Annual administration report of the Civil Veterinary Department of India - 1896-1897
Year: 1896
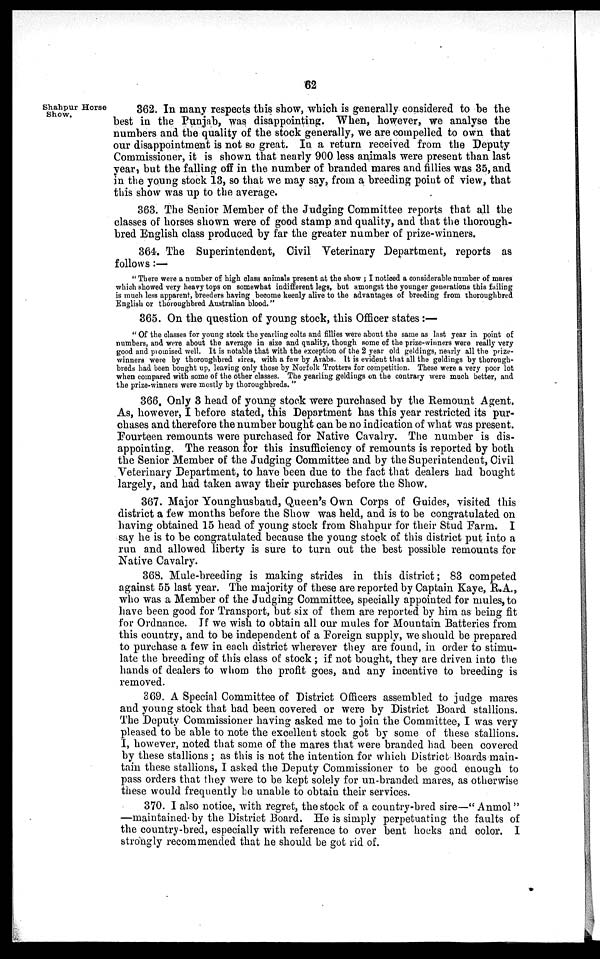
62
Shahpur Horse
Show.
362. In many respects this show, which is generally considered to be the
best in the Punjab, was disappointing. When, however, we analyse the
numbers and the quality of the stock generally, we are compelled to own that
our disappointment is not so great. In a return received from the Deputy
Commissioner, it is shown that nearly 900 less animals were present than last
year, but the falling off in the number of branded mares and fillies was 35, and
in the young stock 13, so that we may say, from a breeding point of view, that
this show was up to the average.
363. The Senior Member of the Judging Committee reports that all the
classes of horses shown were of good stamp and quality, and that the thorough-
bred English class produced by far the greater number of prize-winners.
364. The Superintendent, Civil Veterinary Department, reports as
follows:—
"There were a number of high class animals present at the show; I noticed a considerable number of mares
which showed very heavy tops on somewhat indifferent legs, but amongst the younger generations this failing
is much less apparent, breeders having become keenly alive to the advantages of breeding from thoroughbred
English or thoroughbred Australian blood."
365. On the question of young stock, this Officer states:—
"Of the classes for young stock the yearling colts and fillies were about the same as last year in point of
numbers, and were about the average in size and quality, though some of the prize-winners were really very
good and promised well. It is notable that with the exception of the 2 year old geldings, nearly all the prize-
winners were by thoroughbred sires, with a few by Arabs. It is evident that all the geldings by thorough-
breds had been bought up, leaving only those by Norfolk Trotters for competition. These were a very poor lot
when compared with some of the other classes. The yearling geldings on the contrary were much better, and
the prize-winners were mostly by thoroughbreds."
366. Only 3 head of young stock were purchased by the Remount Agent.
As, however, I before stated, this Department has this year restricted its pur-
chases and therefore the number bought can be no indication of what was present.
Fourteen remounts were purchased for Native Cavalry. The number is dis-
appointing. The reason for this insufficiency of remounts is reported by both
the Senior Member of the Judging Committee and by the Superintendent, Civil
Veterinary Department, to have been due to the fact that dealers had bought
largely, and had taken away their purchases before the Show.
367. Major Younghusband, Queen's Own Corps of Guides, visited this
district a few months before the Show was held, and is to be congratulated on
having obtained 15 head of young stock from Shahpur for their Stud Farm. I
say he is to be congratulated because the young stock of this district put into a
run and allowed liberty is sure to turn out the best possible remounts for
Native Cavalry.
368. Mule-breeding is making strides in this district; 83 competed
against 55 last year. The majority of these are reported by Captain Kaye, R.A.,
who was a Member of the Judging Committee, specially appointed for mules, to
have been good for Transport, but six of them are reported by him as being fit
for Ordnance. If we wish to obtain all our mules for Mountain Batteries from
this country, and to be independent of a Foreign supply, we should be prepared
to purchase a few in each district wherever they are found, in order to stimu-
late the breeding of this class of stock; if not bought, they are driven into the
hands of dealers to whom the profit goes, and any incentive to breeding is
removed.
369. A Special Committee of District Officers assembled to judge mares
and young stock that had been covered or were by District Board stallions.
The Deputy Commissioner having asked me to join the Committee, I was very
pleased to be able to note the excellent stock got by some of these stallions.
I, however, noted that some of the mares that were branded had been covered
by these stallions; as this is not the intention for which District Boards main-
tain these stallions, I asked the Deputy Commissioner to be good enough to
pass orders that they were to be kept solely for un-branded mares, as otherwise
these would frequently be unable to obtain their services.
370. I also notice, with regret, the stock of a country-bred sire—" Anmol"
—maintained by the District Board. He is simply perpetuating the faults of
the country-bred, especially with reference to over bent hocks and color. I
strongly recommended that he should be got rid of.